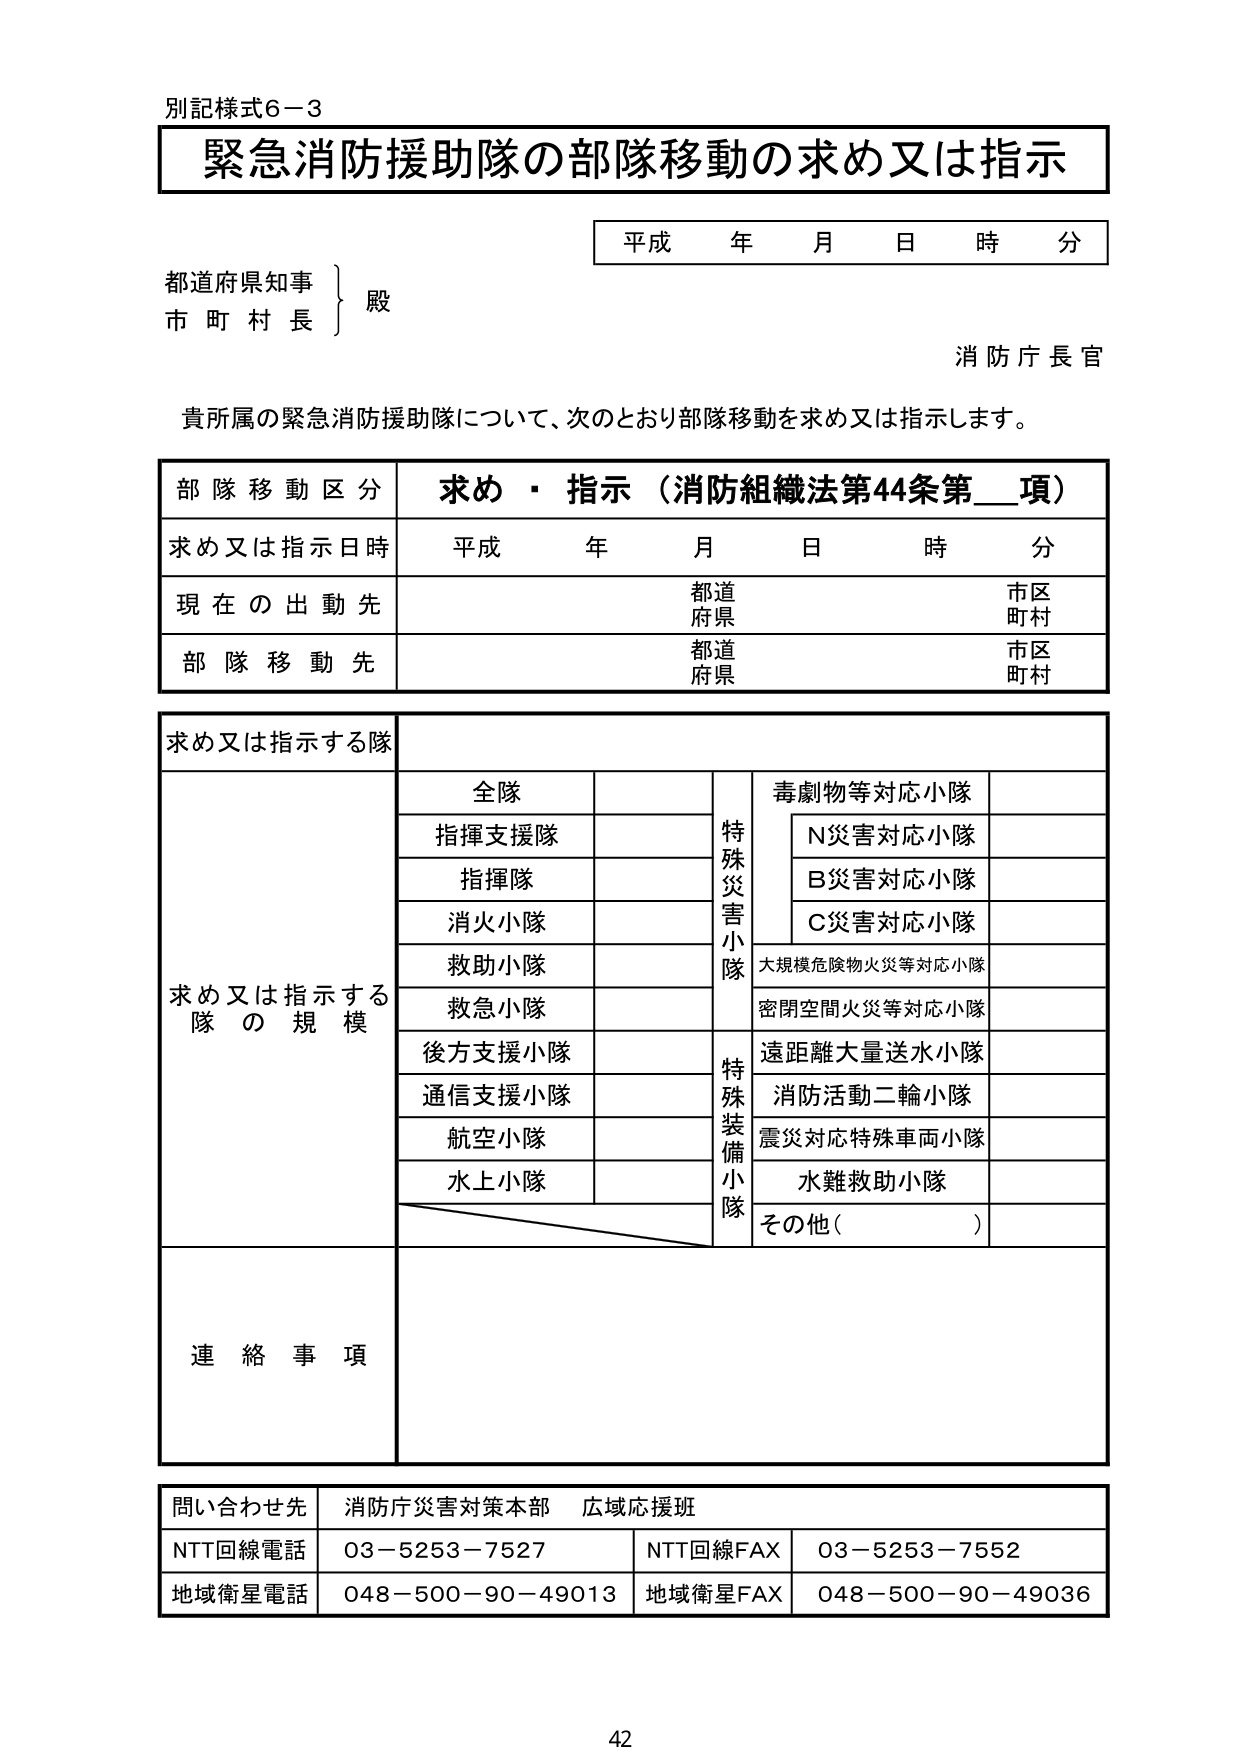
別記様式６－３
緊急消防援助隊の部隊移動の求め又は指示

平成 年 月 日 時 分

都道府県知事
市 町 村 長
　　　　殿

消防庁長官

貴所属の緊急消防援助隊について、次のとおり部隊移動を求め又は指示します。

部隊移動区分　求め・指示（消防組織法第44条第__項）
求め又は指示日時　平成 年 月 日 時 分
現在の出動先　都道府県　市区町村
部隊移動先　都道府県　市区町村

求め又は指示する隊

求め又は指示する隊の規模